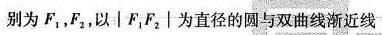
别为F_{1}，F_{2}，以\left |P_{1}F_{2}\right |为直径的圆与双曲线渐近线的